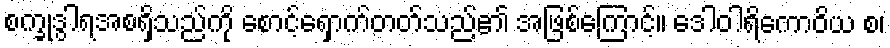
စက္ခုဒွါရအစရှိသည်ကို စောင့်ရှောက်တတ်သည်၏ အဖြစ်ကြောင့်။ ဒေါဝါရိကောဝိယ စ၊